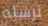
نرسله